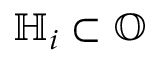
\mathbb { H } _ { i } \subset \mathbb { O }